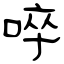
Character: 啐